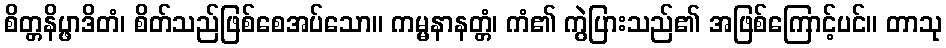
စိတ္တနိပ္ဖာဒိတံ၊ စိတ်သည်ဖြစ်စေအပ်သော။ ကမ္မနာနတ္တံ၊ ကံ၏ ကွဲပြားသည်၏ အဖြစ်ကြောင့်ပင်။ တာသု